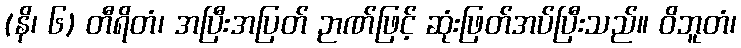
(နိ၊ ၆) တီရိတံ၊ အပြီးအပြတ် ဉာဏ်ဖြင့် ဆုံးဖြတ်အပ်ပြီးသည်။ ဝိဘူတံ၊